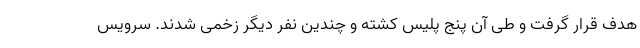
هدف قرار گرفت و طی آن پنج پلیس کشته و چندین نفر دیگر زخمی شدند. سرویس